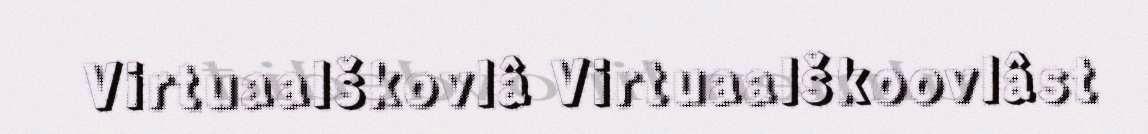
Virtuaalškovlâ Virtuaalškoovlâst